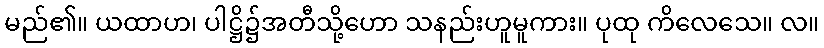
မည်၏။ ယထာဟ၊ ပါဋ္ဌိ၌အတီသို့ဟော သနည်းဟူမူကား။ ပုထု ကိလေသေ။ လ။